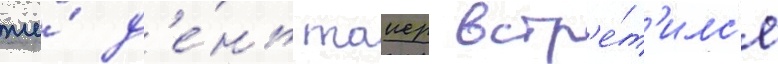
же́ д'е́нь таиер встр'е́т'илс'я